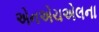
એનએચએલના